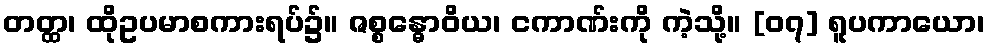
တတ္ထ၊ ထိုဥပမာစကားရပ်၌။ ဇစ္စန္ဓောဝိယ၊ ငကာဏ်းကို ကဲ့သို့။ [၀၇] ရူပကာယော၊